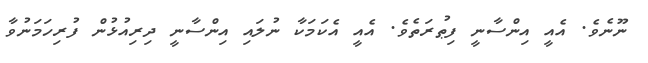
ނޫނެވެ. އެއީ އިންސާނީ ފިޠުރަތެވެ. އެއީ އެކަމަކާ ނުލައި އިންސާނީ ދިރިއުޅުން ފުރިހަމަނުވާ